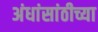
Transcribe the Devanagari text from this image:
अंधांसांठीच्या